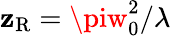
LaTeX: \mathbf{z}_{\mathrm{{R}}}=\piw_{0}^{2}/\lambda